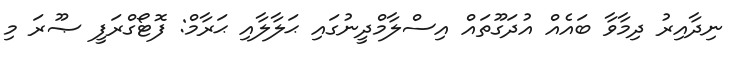
ނިދާއިރު ދިމާވާ ބައެއް އުދަގޫތައް އިސްލާމްދީނުގައި ޙަލާލާއި ޙަރާމް: ފޮޓޯގްރަފީ ޞޫރަ މި